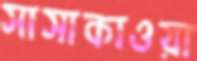
সাসাকাওয়া